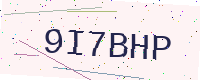
Text: 9I7BHP